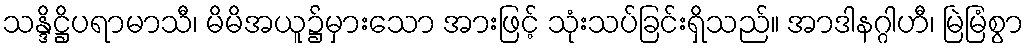
သန္ဒိဋ္ဌိပရာမာသီ၊ မိမိအယူ၌မှားသော အားဖြင့် သုံးသပ်ခြင်းရှိသည်။ အာဒါနဂ္ဂါဟီ၊ မြဲမြံစွာ